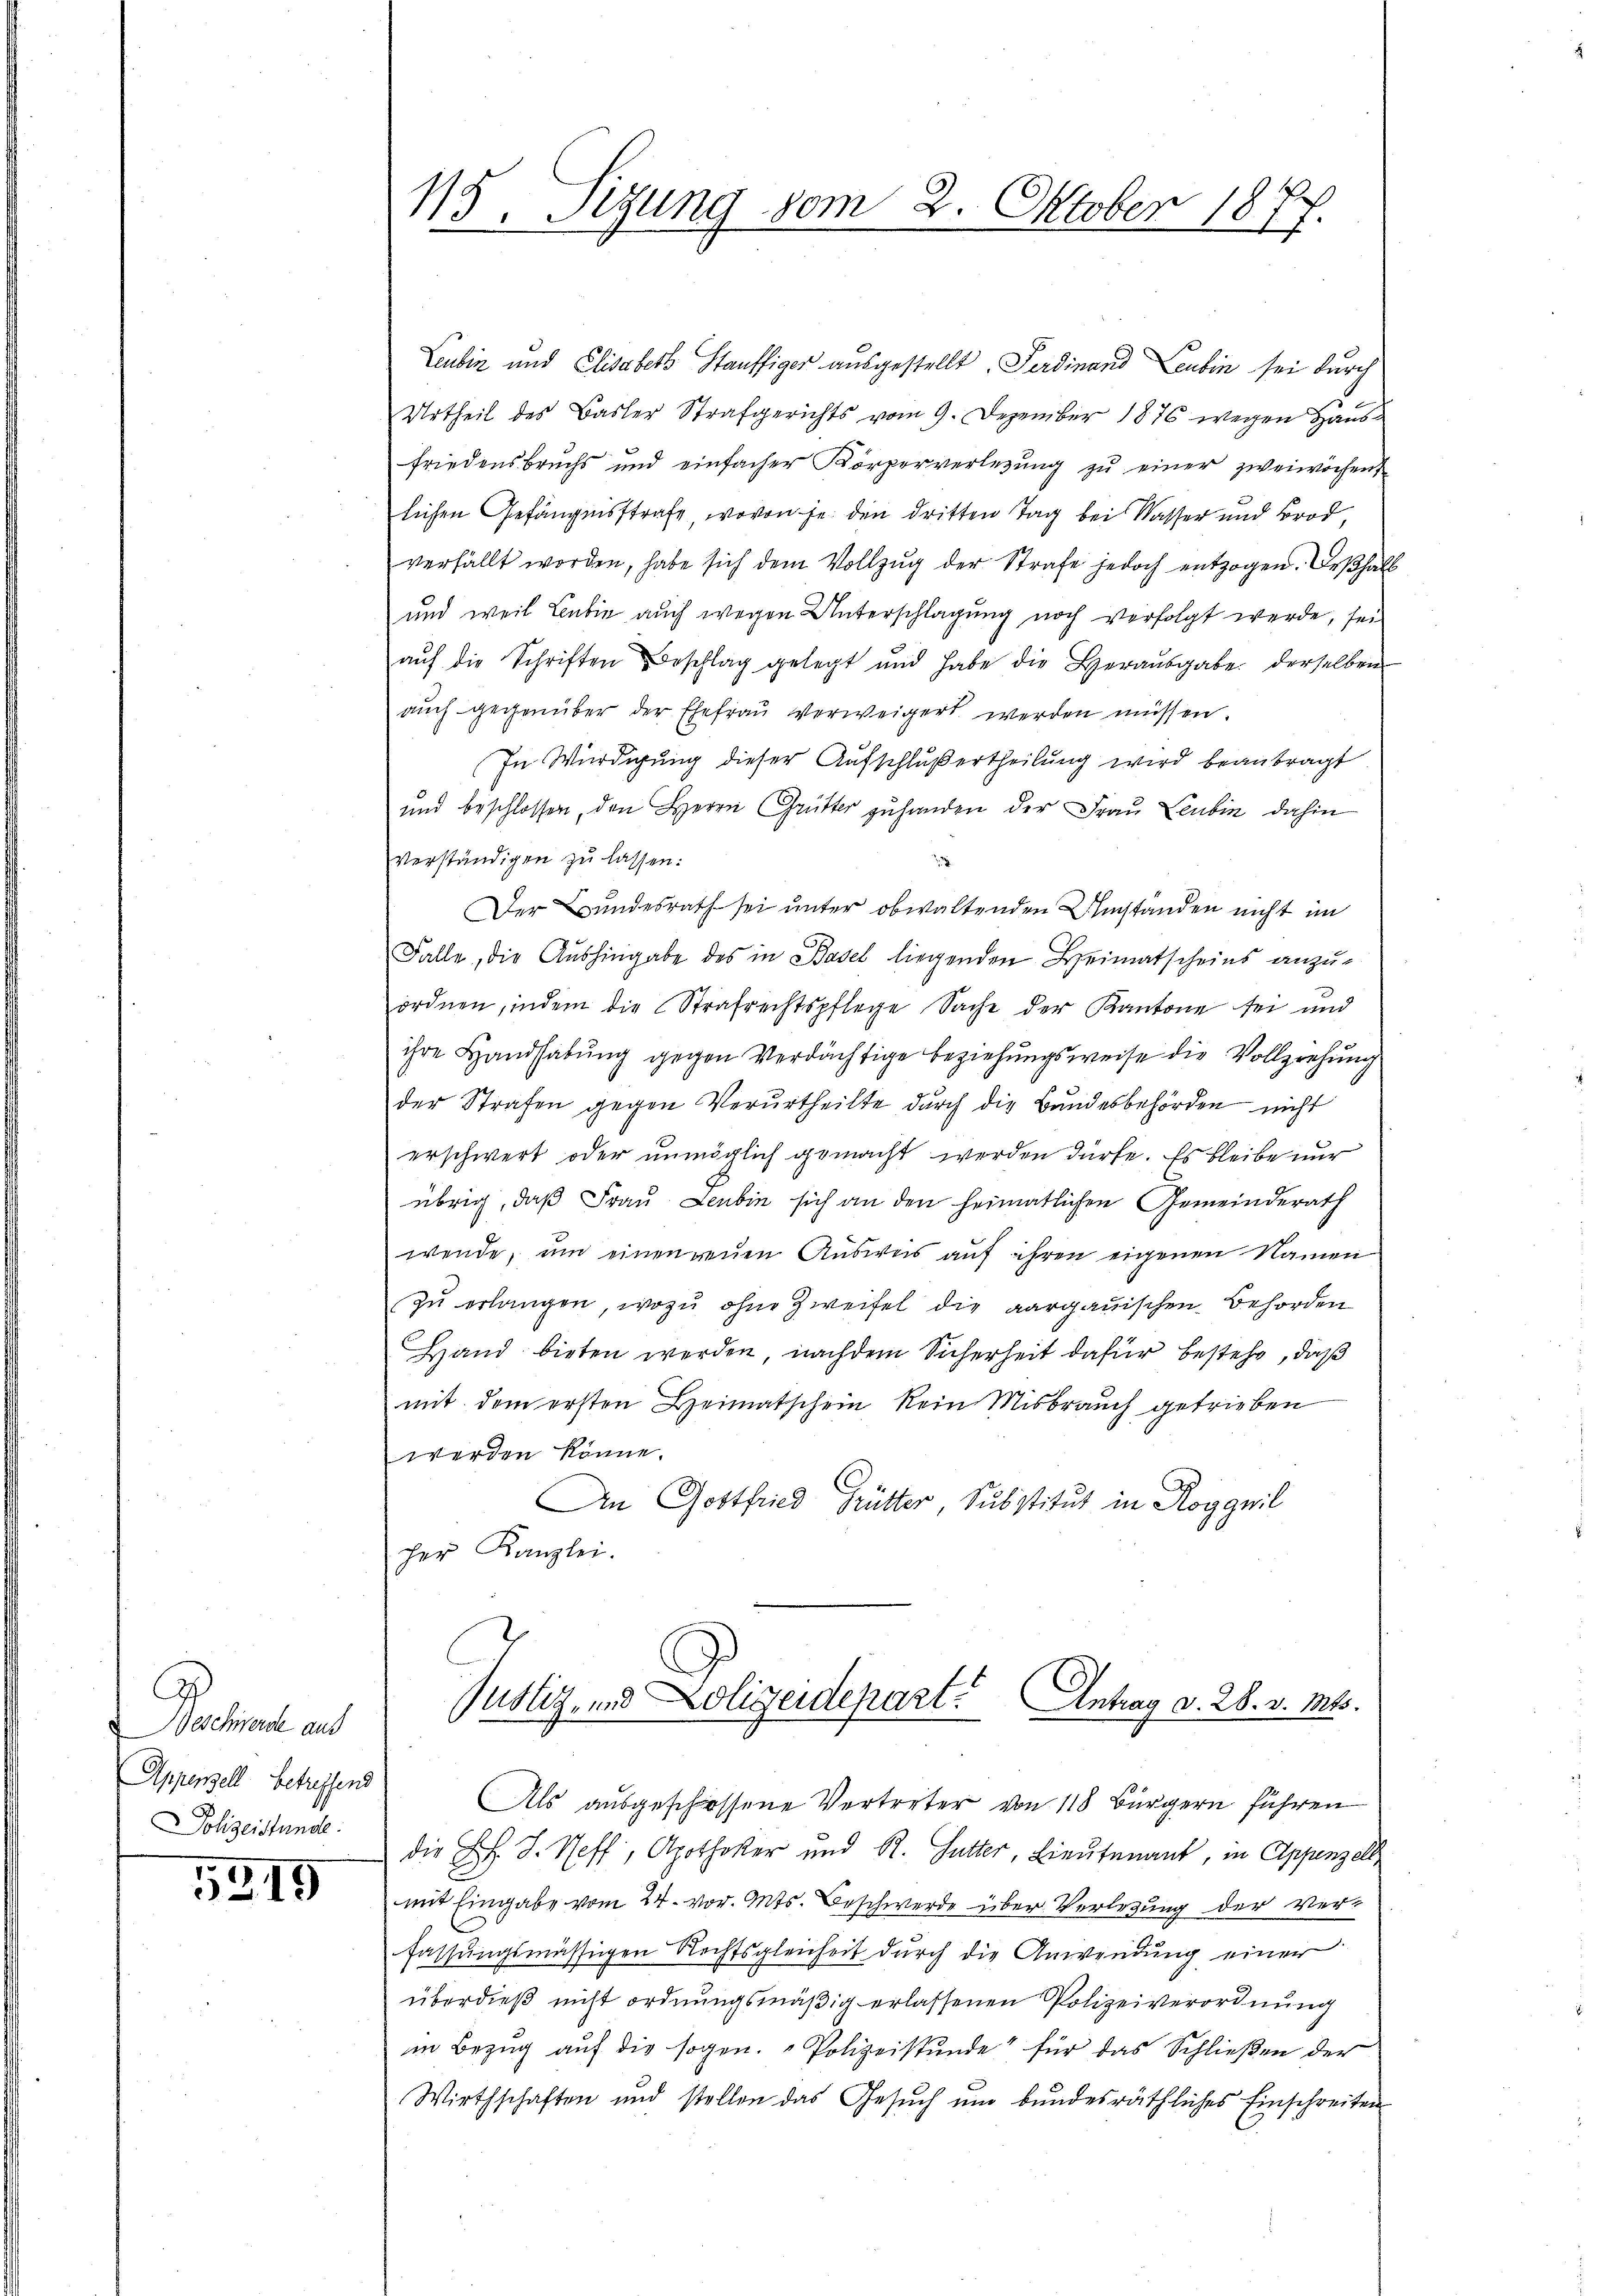
G
Beschwerde auf
Appenzell betreffend
Polizeistunde

5319

Leubin und Elisaber Stauffiger ausgestellt. Ferdinand Leubin sei durch
Urtheil des Basler Strafgerichts vom 9. Dezember 1876 wegen Hausfriedensbruchs und einfacher Körperverlegŭng zŭ einer zweiwöchen
lichen Gefängnisstrafe, wovon je den dritten Tag bei Wasser und Brod,
verfällt worden, habe sich dem Vollzug der Strafe jedoch entzogen. Deßhalb
und weil Leubin auch wegen Unterschlagung noch verfolgt werde, sei
aŭf die Schriften Beschlag gelegt und habe die Heraŭsgabe derselben
aŭch gegenüber der Ehefrau verweigert werden müssen
In Würdigung dieser Aufschlußertheilung wird beantragt
und beschlossen, den Herrn Grütter zuhanden der Frau Leubin dahin
verständigen zŭ lassen:
Der Bundesrath sei unter obwaltenden Umstanden nicht im
Falle, die Aushingabe des in Basel liegenden Heimatscheins anzu-
ordnen, indem die Strafrechtspflege Sache der Kantone sei und
ihre Handhabung gegen Verdächtige Beziehungsweise die Vollziehung
der Strafen gegen Verurtheilte durch die Bundesbehörden nicht
erschwert oder unmöglich gemacht werden dürfe. Es bleibe nur
übrig, daß Frau Leubin sich an den heimatlichen Gemeinderath
wende, um einen reuen Ausweis auf ihren eigenen Namen
zu erlangen, wozu ohne Zweifel die aargauischen Behörden
Hand bieten werden nachdem Sicherheit dafür bestehe, daß
mit dem ersten Heimatschein kein Misbrauch getrieben
werden könne.
An Gottfried Hütter Substitut in Roggwil
her Kanzlei.

115. Sigung vom 2. Oktober 1877.

Justiz- und Polizeidepart. Antrag d. 28. v. Mts.

Als ausgeschossene Vertreter von 118 Bürgern führen
die Frl. J. Neff, Apotheker und R. Sutter, Lieutenant, in Appenzell,
mit Eingabe vom 24. vor. Mts. Beschwerde über Verlesung der Verfassungsmässigen Rechtsgleicheit durch die Anwendung einer
überdieß nicht ordnungsmäßig erlassenen Polizeiverordnung
in Bezug auf die sogen. Polizeistunde für das Schließen der
Wirthschaften und stellen das Gesuch um bundesräthliches Einschreiten